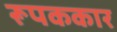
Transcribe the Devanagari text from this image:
रूपककार